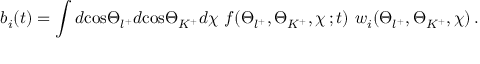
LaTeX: b _ { i } ( t ) = \int d \mathrm { c o s } \Theta _ { l ^ { + } } d \mathrm { c o s } \Theta _ { K ^ { + } } d \chi \, \, f ( \Theta _ { l ^ { + } } , \Theta _ { K ^ { + } } , \chi \, ; t ) \, \, w _ { i } ( \Theta _ { l ^ { + } } , \Theta _ { K ^ { + } } , \chi ) \, .